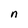
Character: n